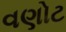
વણોટ